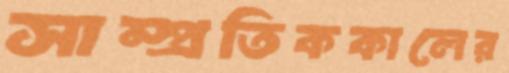
সাম্প্রতিককালের